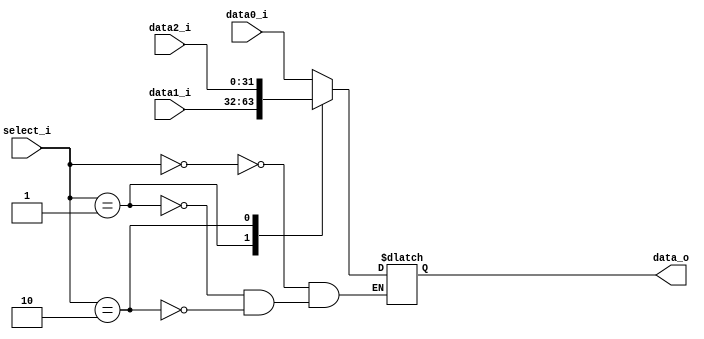
/***************************************************
Student Name: 
Student ID: 
***************************************************/

`timescale 1ns/1ps

module MUX_3to1(
	input  [31:0] data0_i,       
	input  [31:0] data1_i,
	input  [31:0] data2_i,
	input  [ 1:0] select_i,
	output [31:0] data_o
    );		   

reg     [32-1:0] data_out;

//Main function
always@(*)begin
    case(select_i)
        2'b00:
            data_out = data0_i;
        2'b01:
            data_out = data1_i;
        2'b10:
            data_out = data2_i;
    endcase
end
  
assign data_o = data_out;
  


endmodule